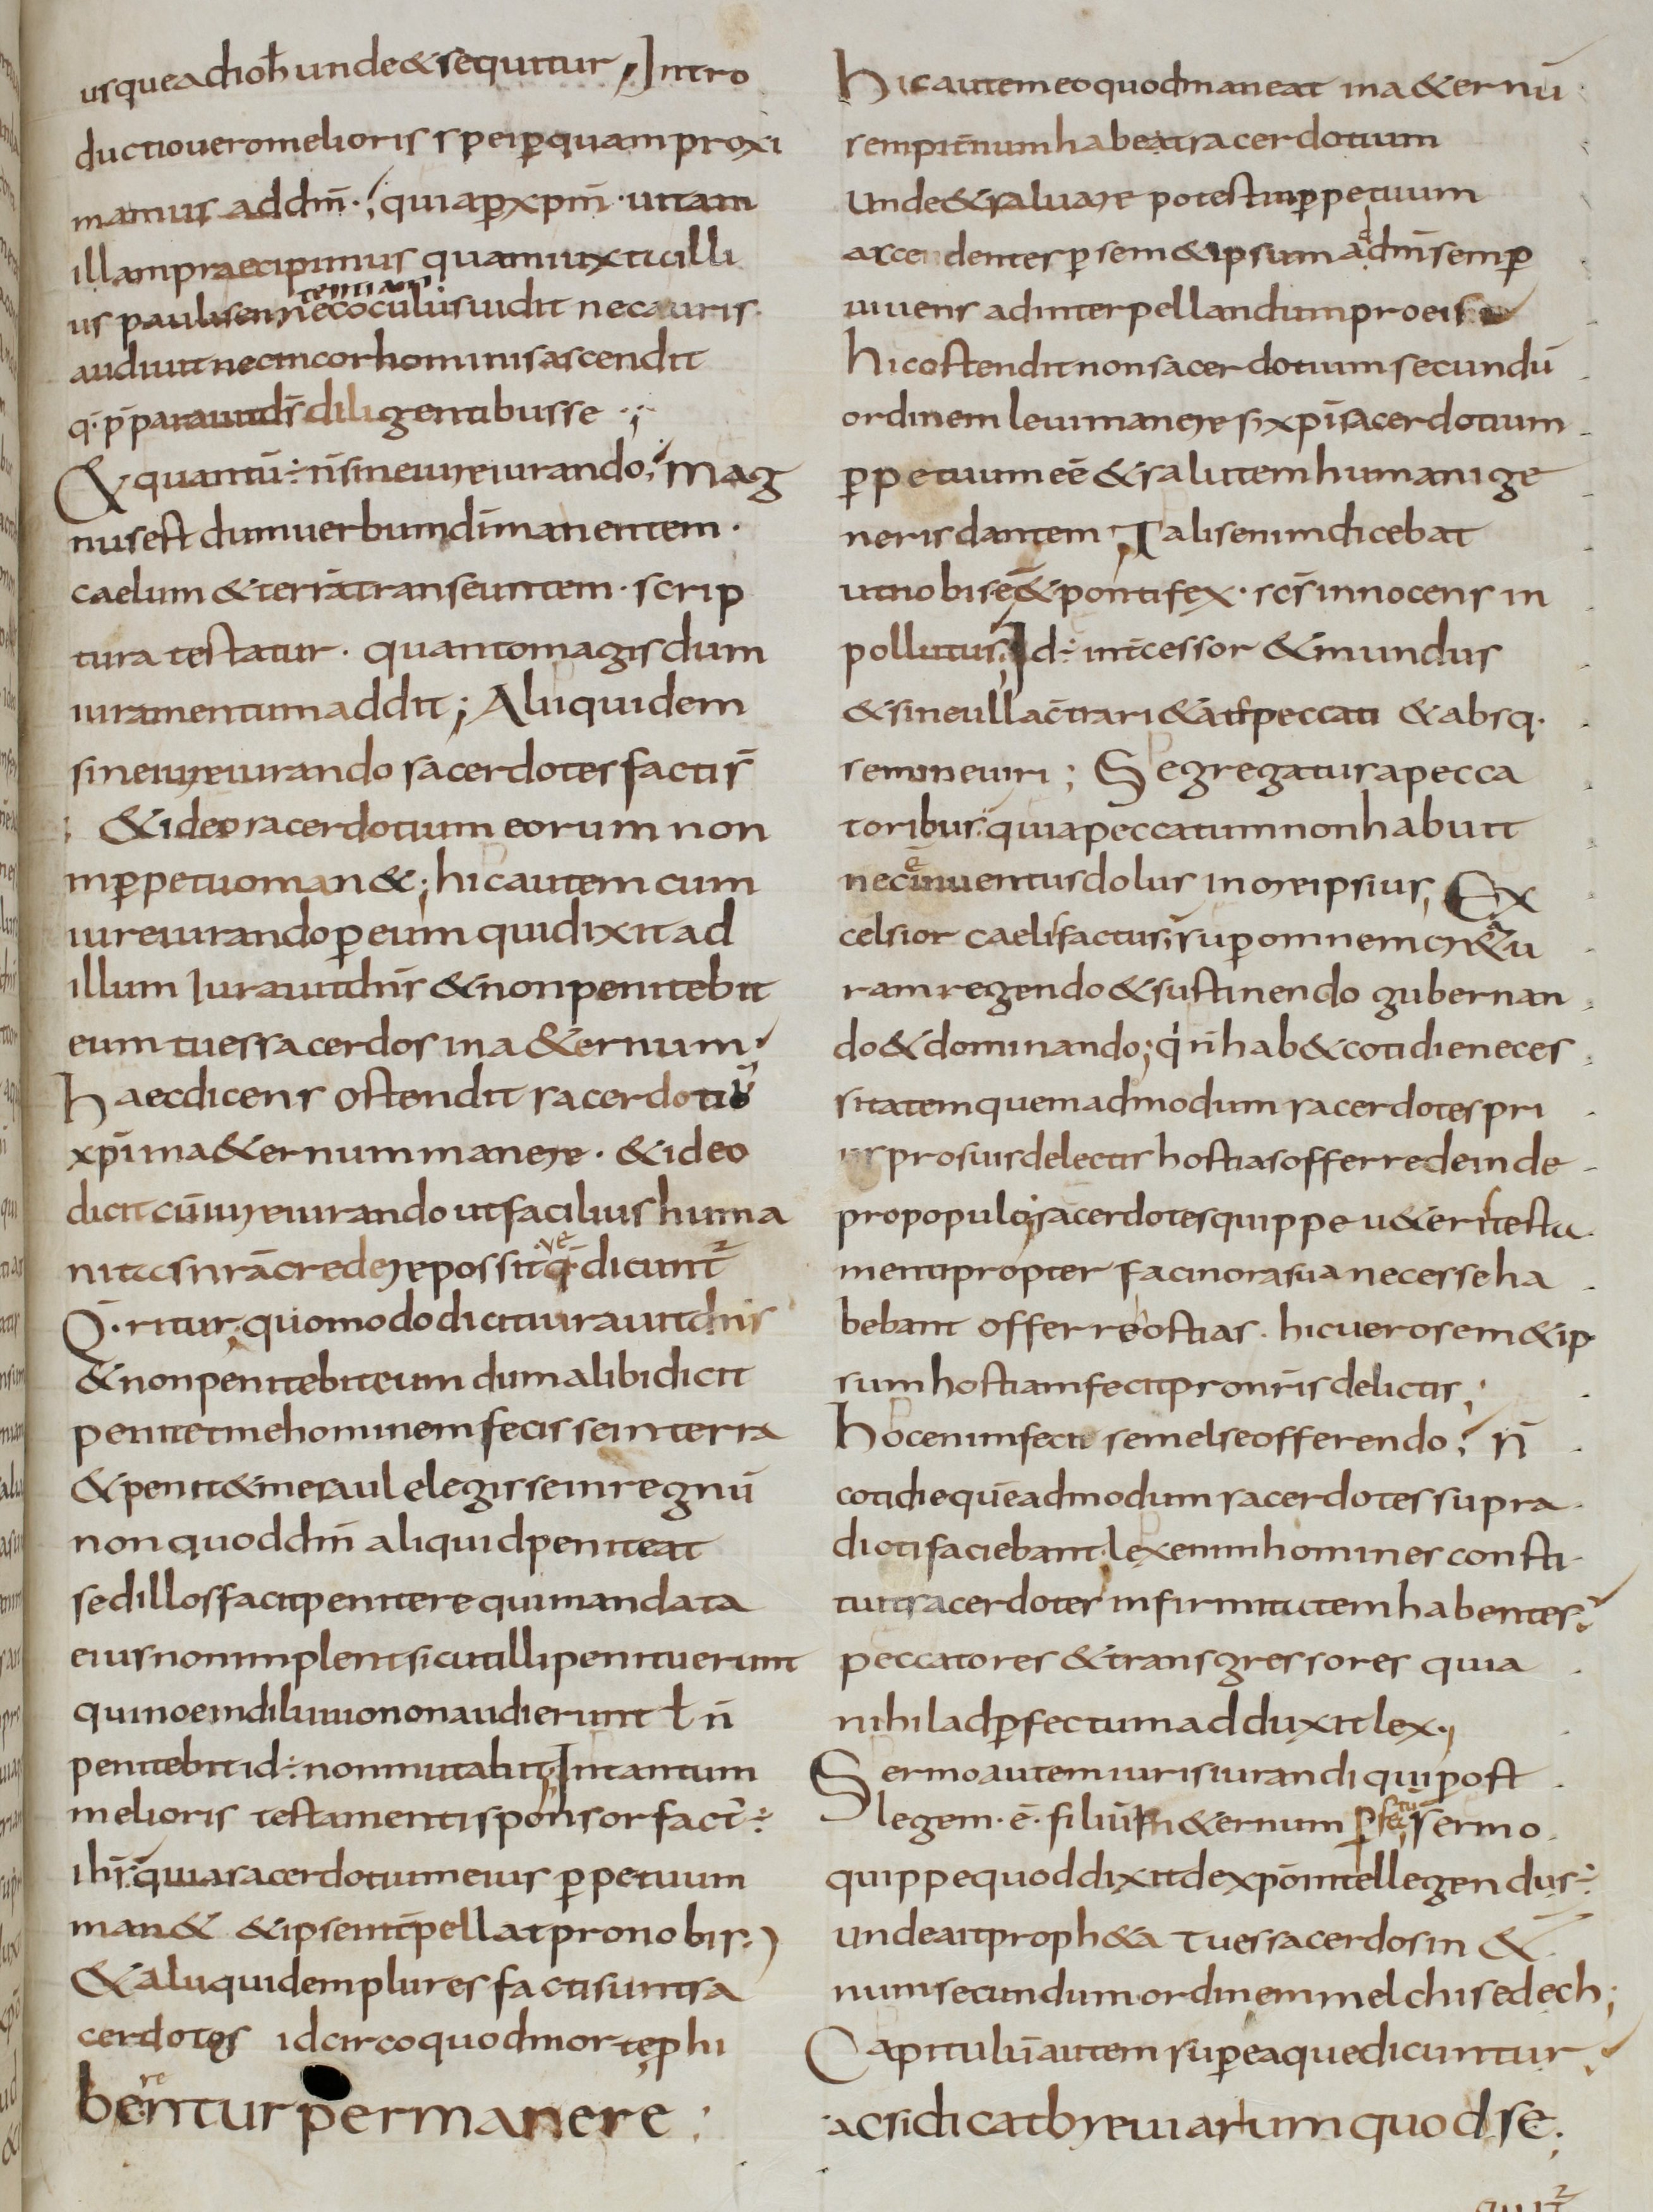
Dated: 800–830